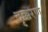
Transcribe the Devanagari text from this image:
दृक्करण